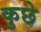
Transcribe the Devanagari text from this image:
कुछे